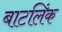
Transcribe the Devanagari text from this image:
बाटलिंक